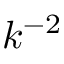
k ^ { - 2 }